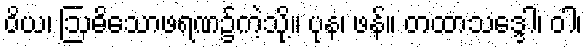
ဝိယ၊ ဩဓိသောဖရဏ၌ကဲ့သို့။ ပုန၊ ဖန်။ တထာသဒ္ဒေါ၊ ဝါ၊